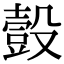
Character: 𧯸